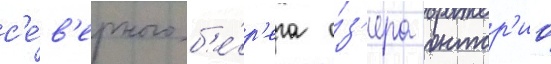
с'е́в'ерного б'е́р'ега о́з'ера онтар'ио